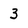
Character: 3